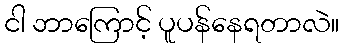
ငါ ဘာကြောင့် ပူပန်နေရတာလဲ။